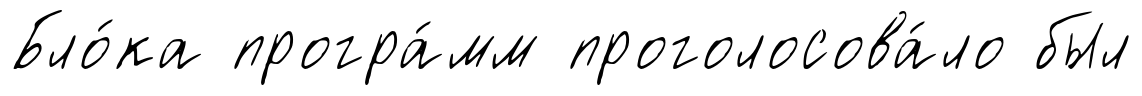
Бло́ка програ́мм проголосова́ло был